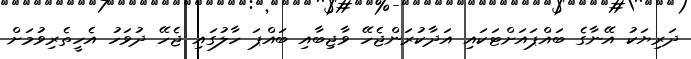
ދަރިޔަކު އޭނާގެ ބައްޕައަށްޓަކައި އަދާކުރަންޖެހޭ ވާޖިބާއި ބައްޕަ ހާލުގައި ޖެހޭ ދުވަހު އެހީތެރިވުމަށް